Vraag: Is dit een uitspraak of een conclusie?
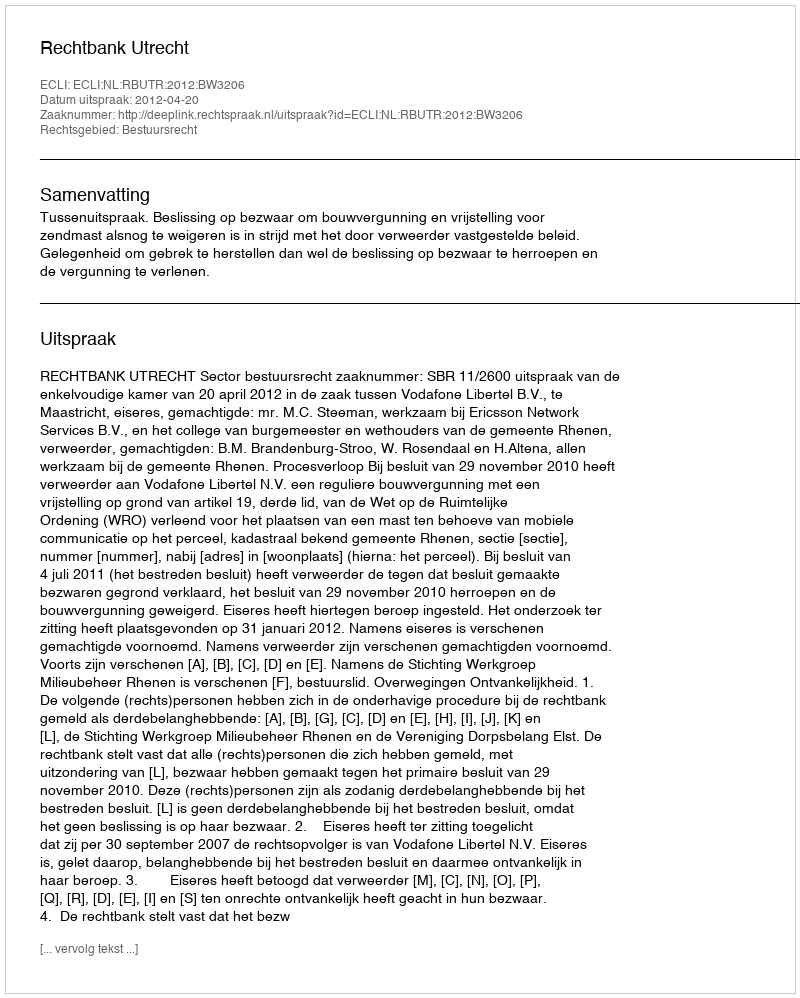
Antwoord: Uitspraak